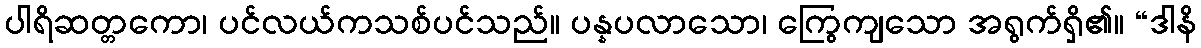
ပါရိဆတ္တကော၊ ပင်လယ်ကသစ်ပင်သည်။ ပန္နပလာသော၊ ကြွေကျသော အရွက်ရှိ၏။ “ဒါနိ